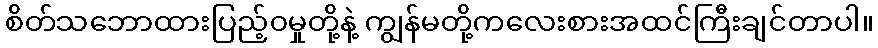
စိတ်သဘောထားပြည့်၀မှုတို့နဲ့ ကျွန်မတို့ကလေးစားအထင်ကြီးချင်တာပါ။